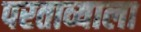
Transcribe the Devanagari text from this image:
परताव्याला